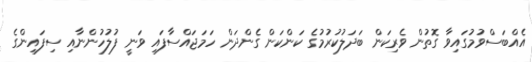
އެއްބަސްވުމުގައިވާ ގޮތުން ވެރިކަން ބަދަލުކުރުމުގެ ކަންކަން ގެންދަން ހަމަޖައްސާފައި ވަނީ ފުލުހުންނާއި ސިފައިންގެ